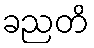
ခညတိ